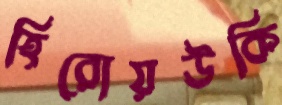
হিরোয়উকি